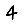
Digit: 4